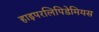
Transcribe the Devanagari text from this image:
हाइपरलिपिडेमियस